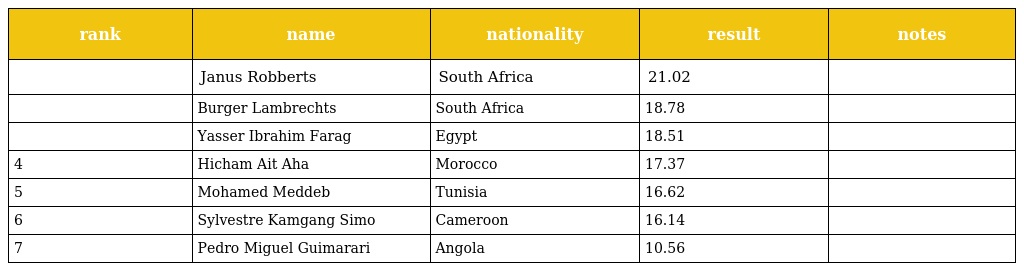
| rank | name | nationality | result | notes |
 | --- | --- | --- | --- | --- |
 |  | Janus Robberts | South Africa | 21.02 |  |
 |  | Burger Lambrechts | South Africa | 18.78 |  |
 |  | Yasser Ibrahim Farag | Egypt | 18.51 |  |
 | 4 | Hicham Ait Aha | Morocco | 17.37 |  |
 | 5 | Mohamed Meddeb | Tunisia | 16.62 |  |
 | 6 | Sylvestre Kamgang Simo | Cameroon | 16.14 |  |
 | 7 | Pedro Miguel Guimarari | Angola | 10.56 |  |